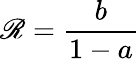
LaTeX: \mathscr{R}=\frac{{b}}{{1-a}}